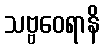
သဗ္ဗဝေရာနိ